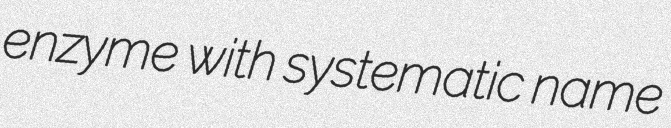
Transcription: enzyme with systematic name